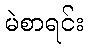
မဲစာရင်း